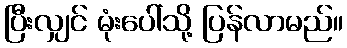
ပြီးလျှင် မုံးပေါ်သို့ ပြန်လာမည်။